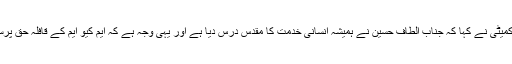
وفد سے گفتگو کرتے ہوئے اراکین رابطہ کمیٹی نے کہا کہ جناب الطاف حسین نے ہمیشہ انسانی خدمت کا مقدس درس دیا ہے اور یہی وجہ ہے کہ ایم کیو ایم کے قافلہ حق پرستی میں تمام قو میتوں کے افراد شامل ہیں ۔